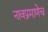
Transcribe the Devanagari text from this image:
नावप्रमाणेच